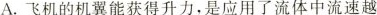
A.飞机的机翼能获得升力，是应用了流体中流速越